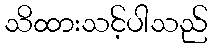
သိထားသင့်ပါသည်